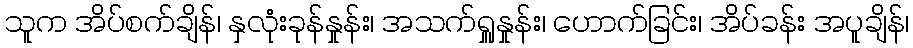
သူက အိပ်စက်ချိန်၊ နှလုံးခုန်နှုန်း၊ အသက်ရှူနှုန်း၊ ဟောက်ခြင်း၊ အိပ်ခန်း အပူချိန်၊